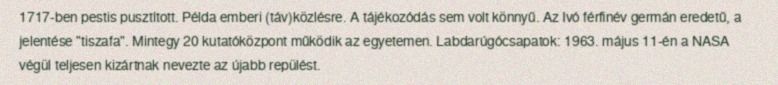
1717-ben pestis pusztított. Példa emberi (táv)közlésre. A tájékozódás sem volt könnyű. Az Ivó férfinév germán eredetű, a jelentése "tiszafa". Mintegy 20 kutatóközpont működik az egyetemen. Labdarúgócsapatok: 1963. május 11-én a NASA végül teljesen kizártnak nevezte az újabb repülést.